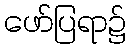
ဖော်ပြရာ၌